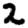
Digit: 2